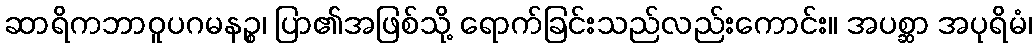
ဆာရိကဘာဝူပဂမနဉ္စ၊ ပြာ၏အဖြစ်သို့ ရောက်ခြင်းသည်လည်းကောင်း။ အပစ္ဆာ အပုရိမံ၊